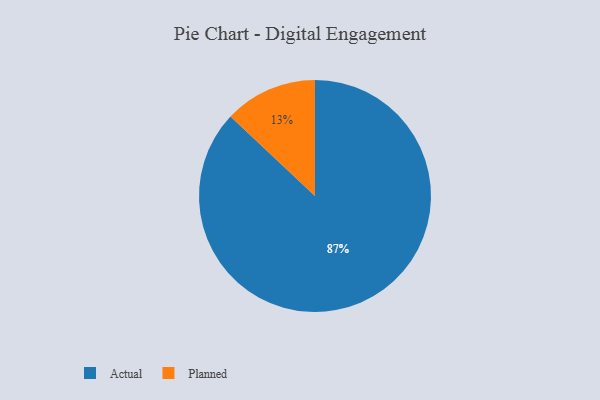
{"axis": {"x": "Category", "y": "Percentage"}, "legend": ["Actual", "Planned"], "data": [{"x": "Actual", "y": 87, "type": "Actual"}, {"x": "Planned", "y": 13, "type": "Planned"}]}